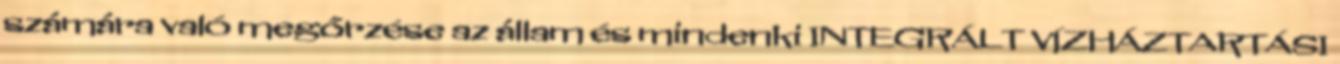
számára való megőrzése az állam és mindenki INTEGRÁLT VÍZHÁZTARTÁSI